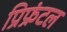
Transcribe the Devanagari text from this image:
प्रिफ्रंटल